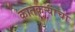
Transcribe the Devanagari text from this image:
कातकऱ्यांचा